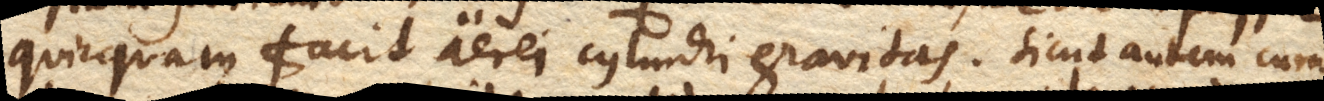
quicquam facit aerei cylindri gravitas. Sicut autem cum